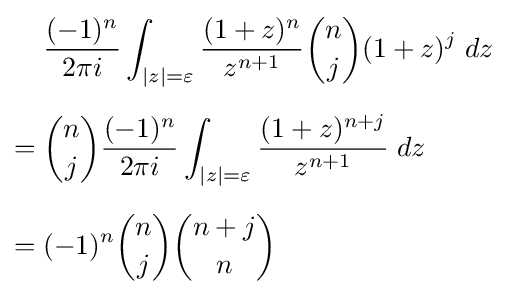
{\begin{aligned}&{\frac {(-1)^{n}}{2\pi i}}\int _{|z|=\varepsilon }{\frac {(1+z)^{n}}{z^{n+1}}}{n \choose j}(1+z)^{j}\;dz\\[6pt]={}&{n \choose j}{\frac {(-1)^{n}}{2\pi i}}\int _{|z|=\varepsilon }{\frac {(1+z)^{n+j}}{z^{n+1}}}\;dz\\[6pt]={}&(-1)^{n}{n \choose j}{n+j \choose n}\end{aligned}}